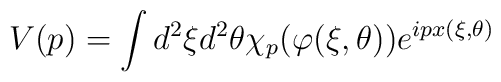
V(p)=\int d^{2}\xi d^{2}\theta \chi _{p}(\varphi (\xi ,\theta ))e^{ipx(\xi,\theta )}